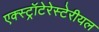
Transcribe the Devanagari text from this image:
एक्स्ट्रॉटेरेस्टेरीयल